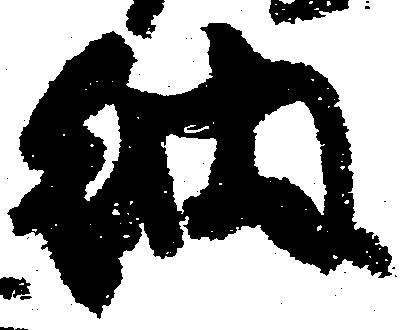
納